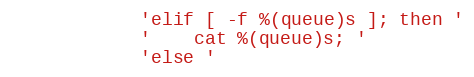
Language: Python
            'elif [ -f %(queue)s ]; then '
            '    cat %(queue)s; '
            'else '